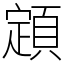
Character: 顁